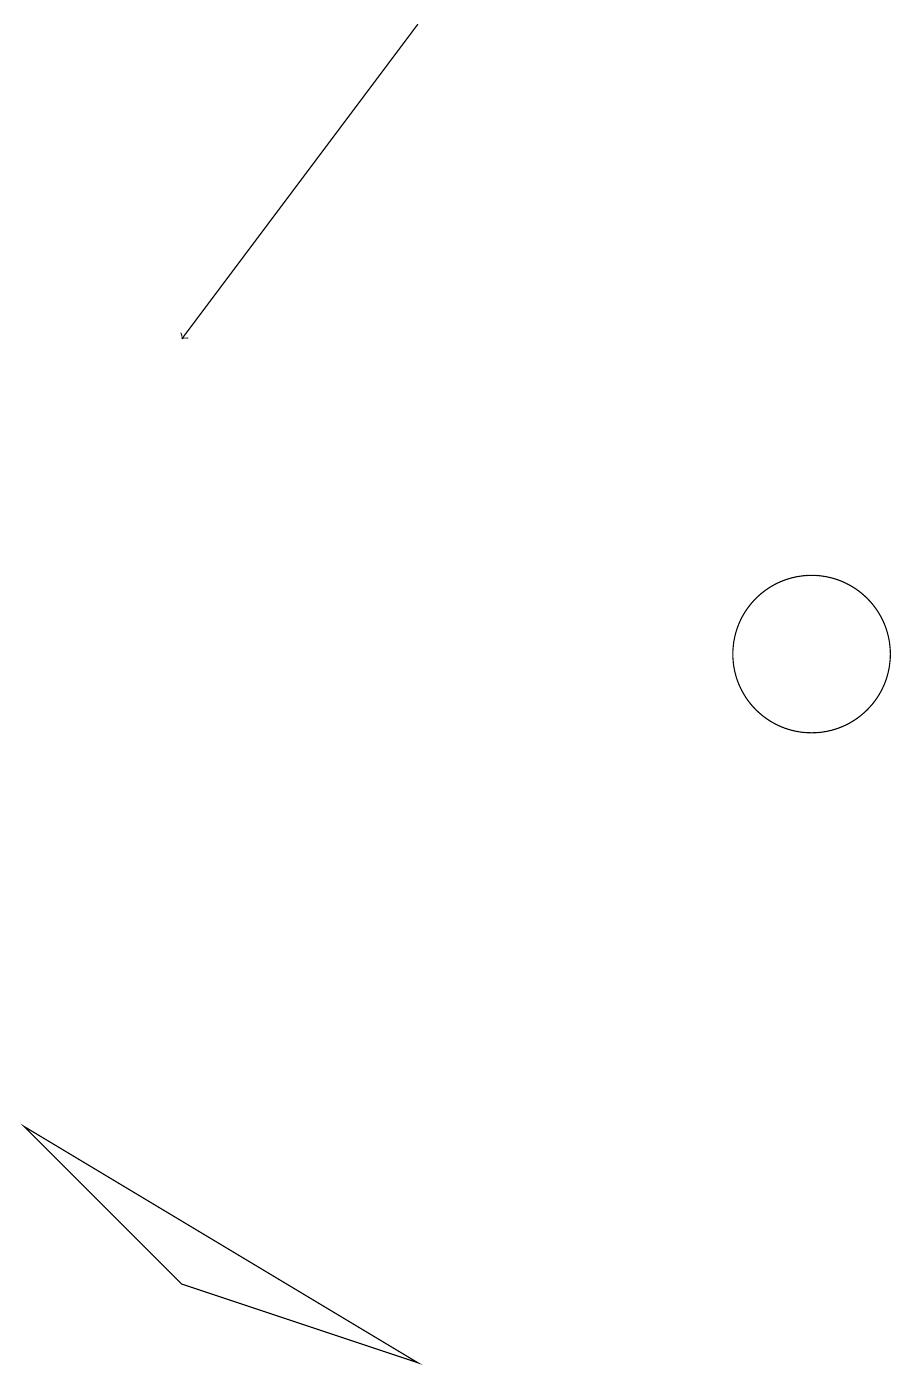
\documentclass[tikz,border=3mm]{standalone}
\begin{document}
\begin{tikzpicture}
\draw (10,10) circle (1);
\draw[->] (5,18) -- (2,14);
\draw (5,1) -- (2,2) -- (0,4) -- cycle;
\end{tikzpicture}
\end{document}